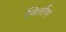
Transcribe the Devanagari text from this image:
निर्ताण